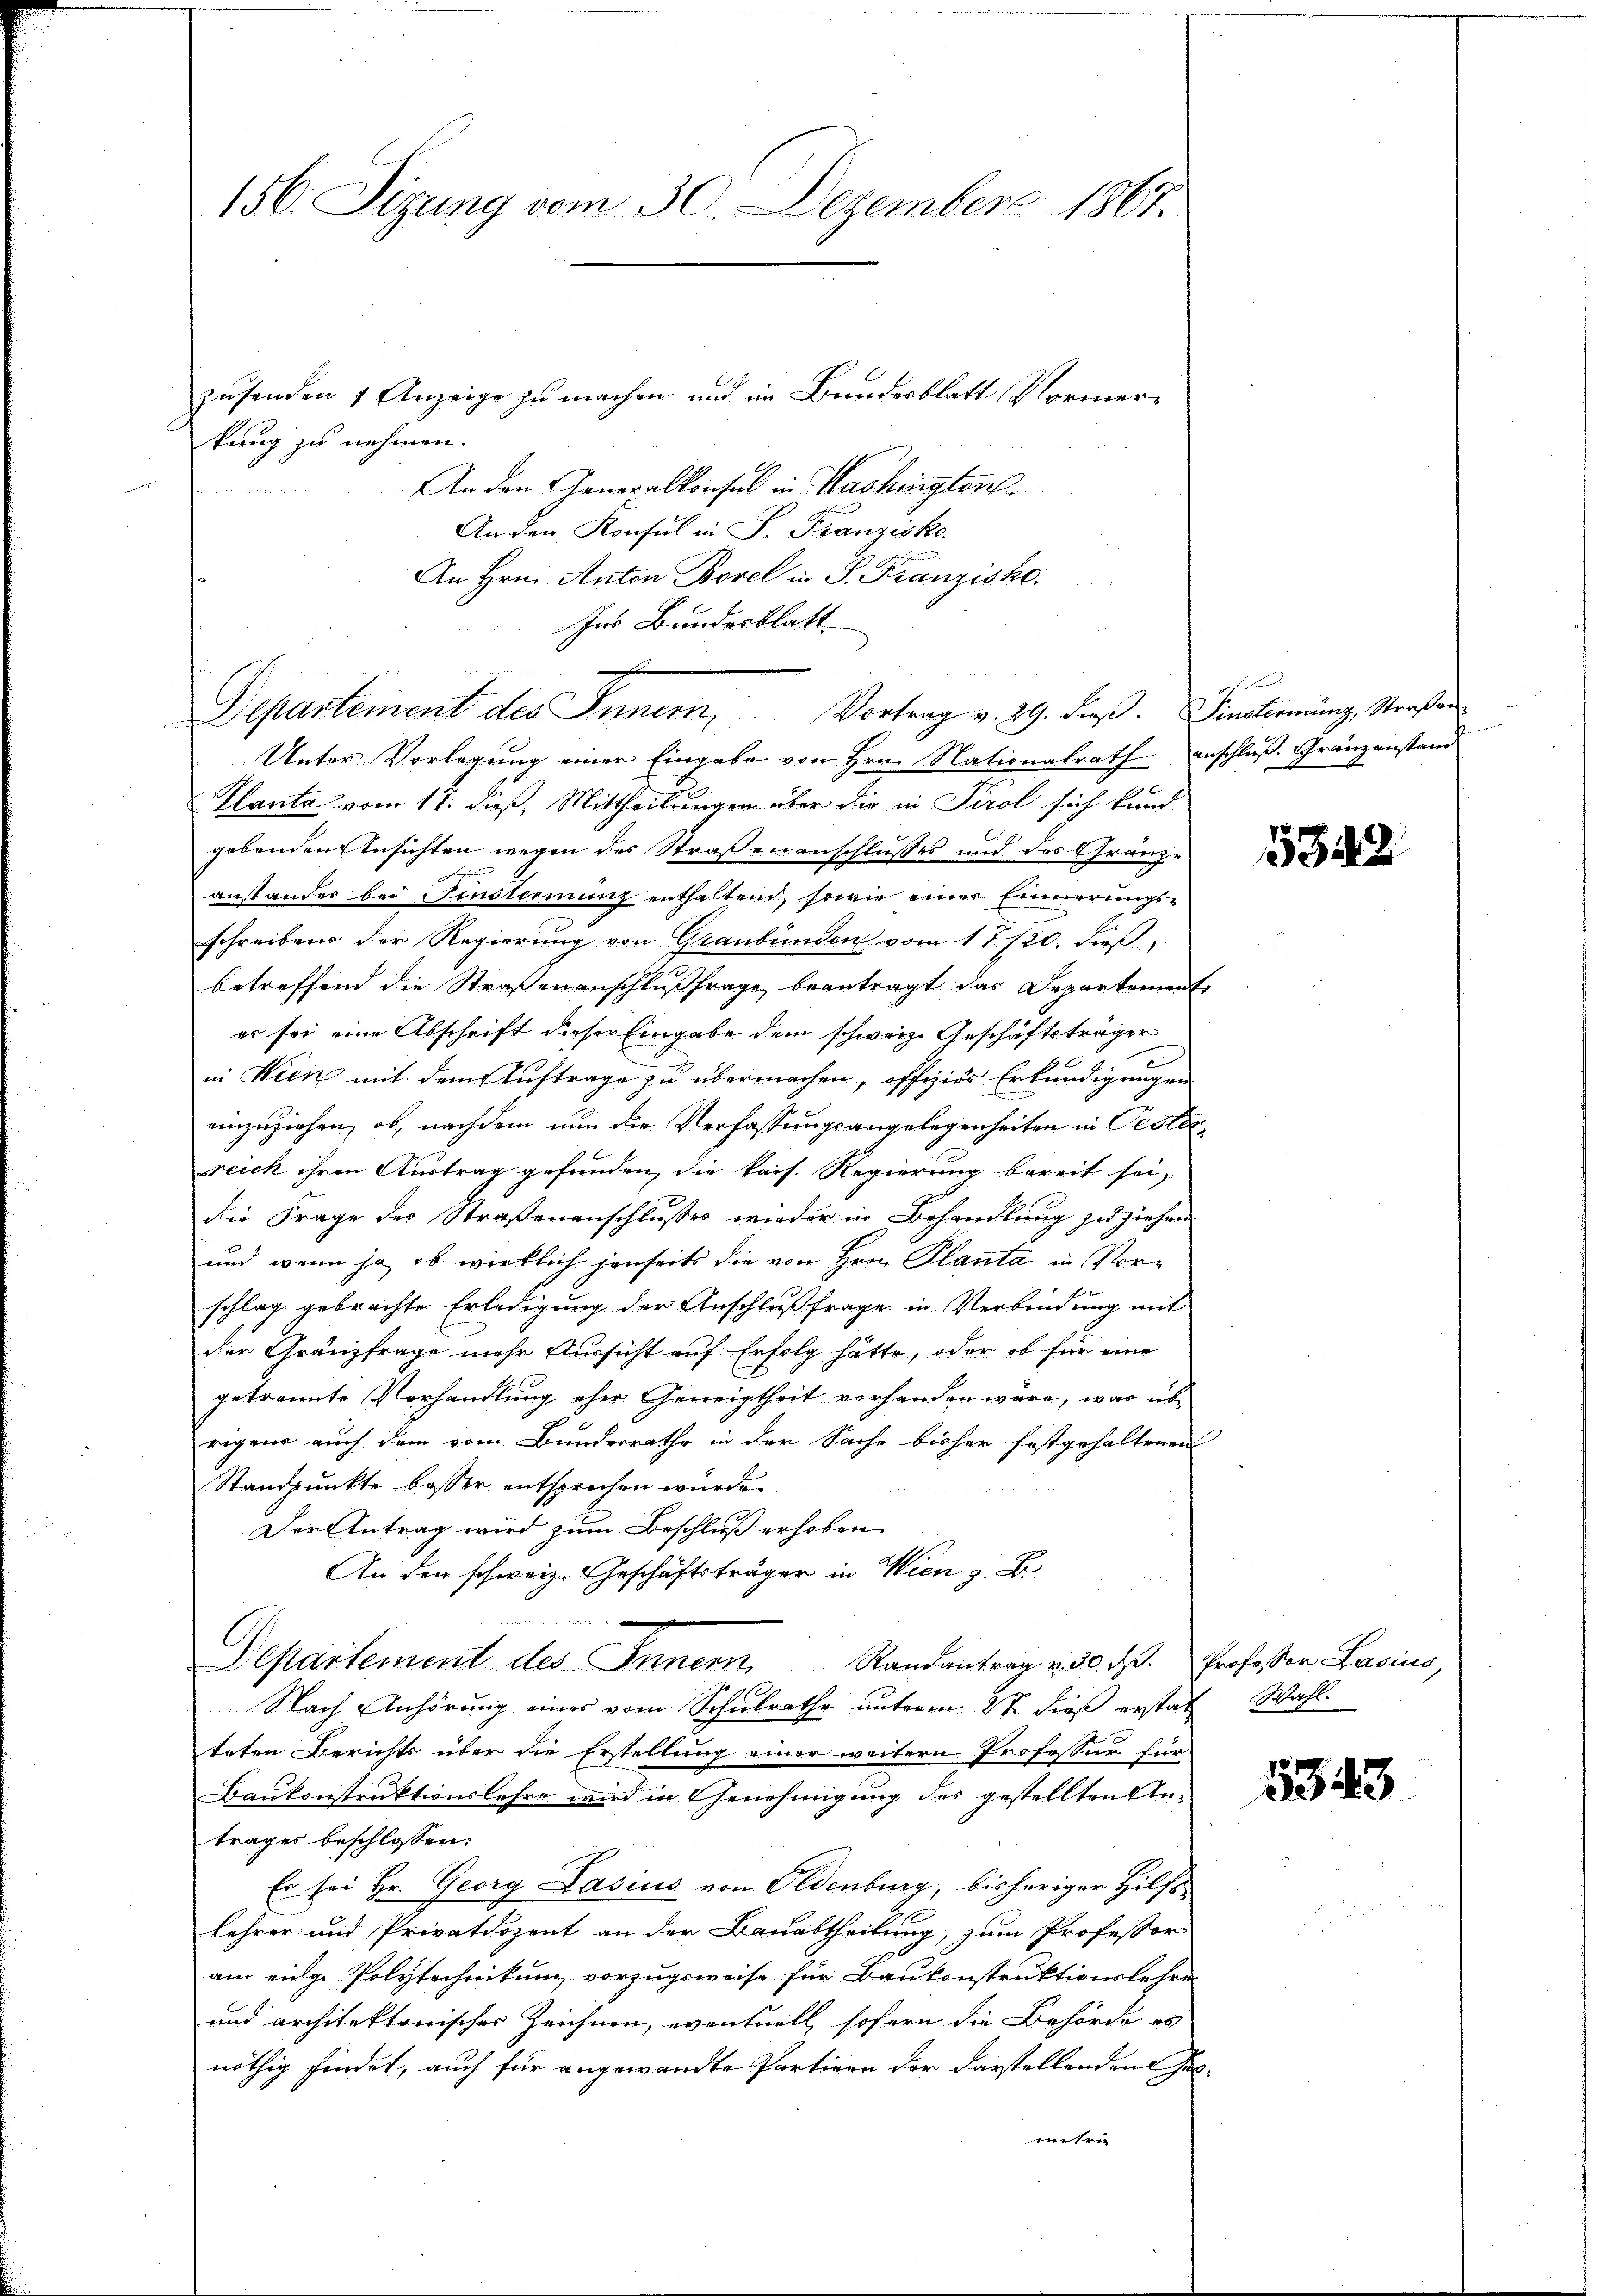
156. Sizung vom 30. Dezember 1867.

zusenden 7 Anzeige zu machen und im Bundesblatt Normerkung zu nehmen.
An den Generalkonsul in Washington.
An den Konsul in S. Franzisko.
An Hrn. Anton Borel in S. Franziske.
Ins Bundesblatt
Unter Vorlegung einer Eingabe von Hrn. Nationalrath anschluß. Gränzanstand
Planta vom 17. dieß, Mittheilungen über die in Tirol sich kund
gebenden Ansichten wegen des Straßenanschlusses und des Gränze
F
anstander bei Finstermung enthaltend, sowie einer Einnerungs-
schreibens der Regierung von Graubünden vom 17./20. dieß
betreffend die Straßenanschlußfrage beantragt das Departement
er sei eine Abschrift dieser Eingabe dem schweiz. Geschäftsträger
e
in Wien mit dem Auftrage zu übermachen, offiziös Erkundigungen
einzuziehen, ob, nachdem nun die Verfassungsangelegenheiten in Oesterreich ihren Austrag gefunden, die kais. Regierung bereit sei,
die Frage des Straßenanschlusses wieder in Behandlung zu ziehen
und wenn ja, ob wirklich jenseits die von Hrn. Planta in Vorschlag gebrachte Erledigung der Anschlußfrage in Verbindung mit
der Gränzfrage mehr Aussicht auf Erfolg hätte, oder ob für eine
getrannte Verhandlung eher Geneigtheit vorhanden wäre, was üb
rigens auch dem vom Bundesrathe in der Sache bisher festgehaltenen
Standpunkte besser entsprechen würde.
Der Antrag wird zum Beschluß erhoben
An den schweiz. Geschäftsträger in Wien z. B
n
Departement des Innern Randantrag v. d. d. Professor Lasius,
Nach Anhörung eines vom Schulrathe unterm 2te dieß erstat Wahl.
teten Berichts über die Erstellung einer weitern Professor für
Baukonstruktionslehre wird in Genehmigung des gestellten Antrages beschlossen:
Er sei Hr. Georg Lasius von Oldenburg, bisheriger Hilfs
lehrer und Privatdozent an der Bauabtheilung, zum Professor
am eige Polytechnikum vorzugsweise für Baukonstruktionslehre
und architektonischer Zeichnen, eventuell sofern die Behörde es
nöthig findet, auch für angewandte Partigen der Darstellenden sol-
metri

Departement des Innern, Vortrag v. 29. dieß. insterming, Straßen

F

1342

5343